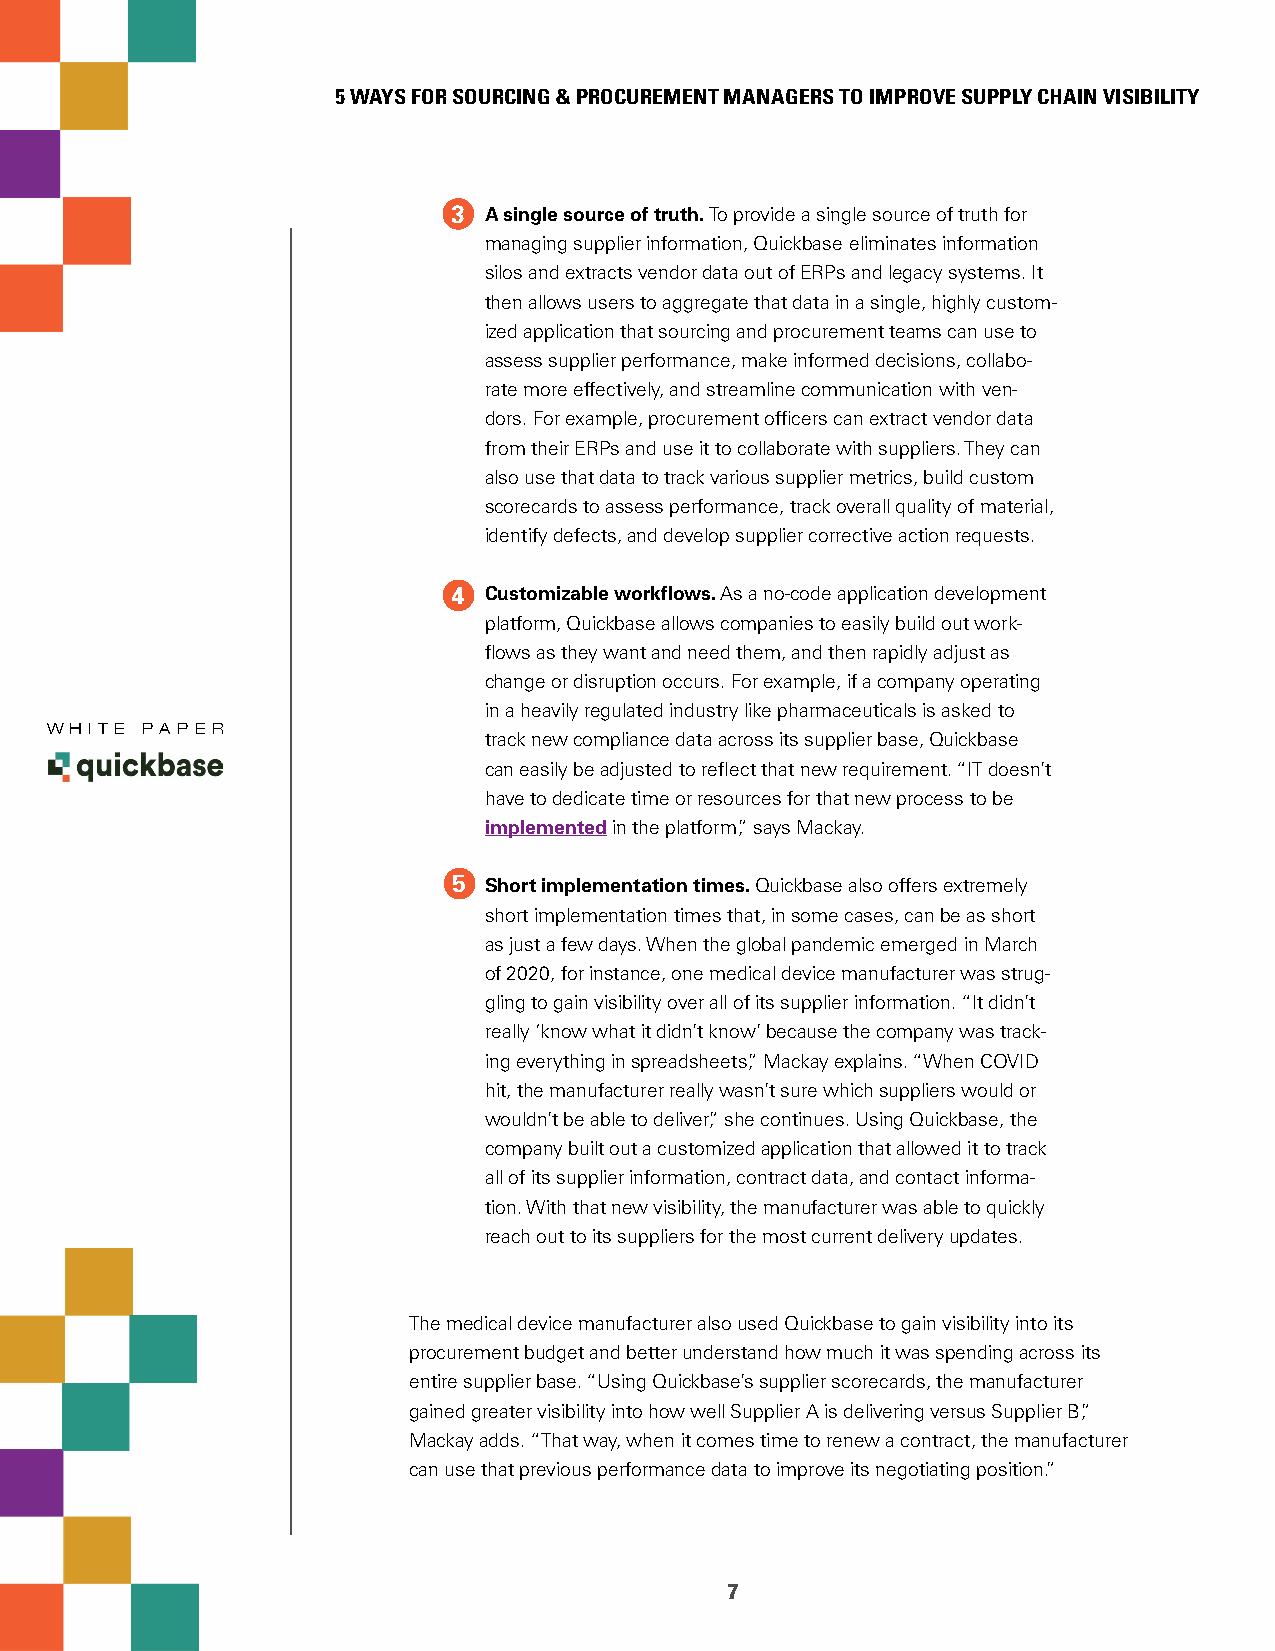
5 WAYS FOR SOURCING & PROCUREMENT MANAGERS TO IMPROVE SUPPLY CHAIN VISIBILITY
 3 A single source of truth. To provide a single source of truth for
 managing supplier information, Quickbase eliminates information
 silos and extracts vendor data out of ERPs and legacy systems. It
 then allows users to aggregate that data in a single, highly custom-
 ized application that sourcing and procurement teams can use to
 assess supplier performance, make informed decisions, collabo-
 rate more effectively, and streamline communication with ven-
 dors. For example, procurement officers can extract vendor data
 from their ERPs and use it to collaborate with suppliers. They can
 also use that data to track various supplier metrics, build custom
 scorecards to assess performance, track overall quality of material,
 identify defects, and develop supplier corrective action requests.
 4 Customizable workflows. As a no-code application development
 platform, Quickbase allows companies to easily build out work-
 flows as they want and need them, and then rapidly adjust as
 change or disruption occurs. For example, if a company operating
 in a heavily regulated industry like pharmaceuticals is asked to
 W H I T E PA P E R
 track new compliance data across its supplier base, Quickbase
 can easily be adjusted to reflect that new requirement. “IT doesn’t
 have to dedicate time or resources for that new process to be
 implemented in the platform,” says Mackay.
 5 Short implementation times. Quickbase also offers extremely
 short implementation times that, in some cases, can be as short
 as just a few days. When the global pandemic emerged in March
 of 2020, for instance, one medical device manufacturer was strug-
 gling to gain visibility over all of its supplier information. “It didn’t
 really ‘know what it didn’t know’ because the company was track-
 ing everything in spreadsheets,” Mackay explains. “When COVID
 hit, the manufacturer really wasn’t sure which suppliers would or
 wouldn’t be able to deliver,” she continues. Using Quickbase, the
 company built out a customized application that allowed it to track
 all of its supplier information, contract data, and contact informa-
 tion. With that new visibility, the manufacturer was able to quickly
 reach out to its suppliers for the most current delivery updates.
 The medical device manufacturer also used Quickbase to gain visibility into its
 procurement budget and better understand how much it was spending across its
 entire supplier base. “Using Quickbase’s supplier scorecards, the manufacturer
 gained greater visibility into how well Supplier A is delivering versus Supplier B,”
 Mackay adds. “That way, when it comes time to renew a contract, the manufacturer
 can use that previous performance data to improve its negotiating position.”
 7